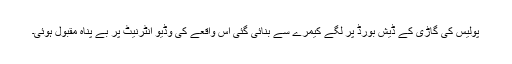
پولیس کی گاڑی کے ڈیش بورڈ پر لگے کیمرے سے بنائی گئی اس واقعے کی وڈیو انٹرنیٹ پر بے پناہ مقبول ہوئی۔